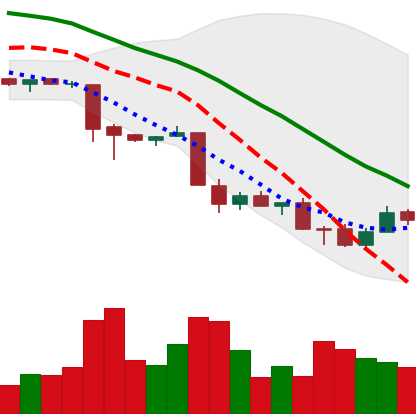
Ticker: XMR-USD
Chart end date: 2018-11-29
Forward return: -6.89%
Label: down_5_7